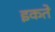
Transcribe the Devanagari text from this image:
इकते